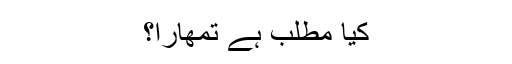
کیا مطلب ہے تمھاراَ؟